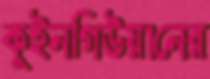
কুইনগিউয়ানের